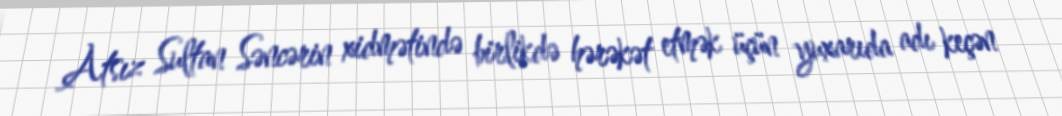
Atsız Sultan Səncərin xidmətində birlikdə hərəkət etmək üçün yuxarıda adı keçən